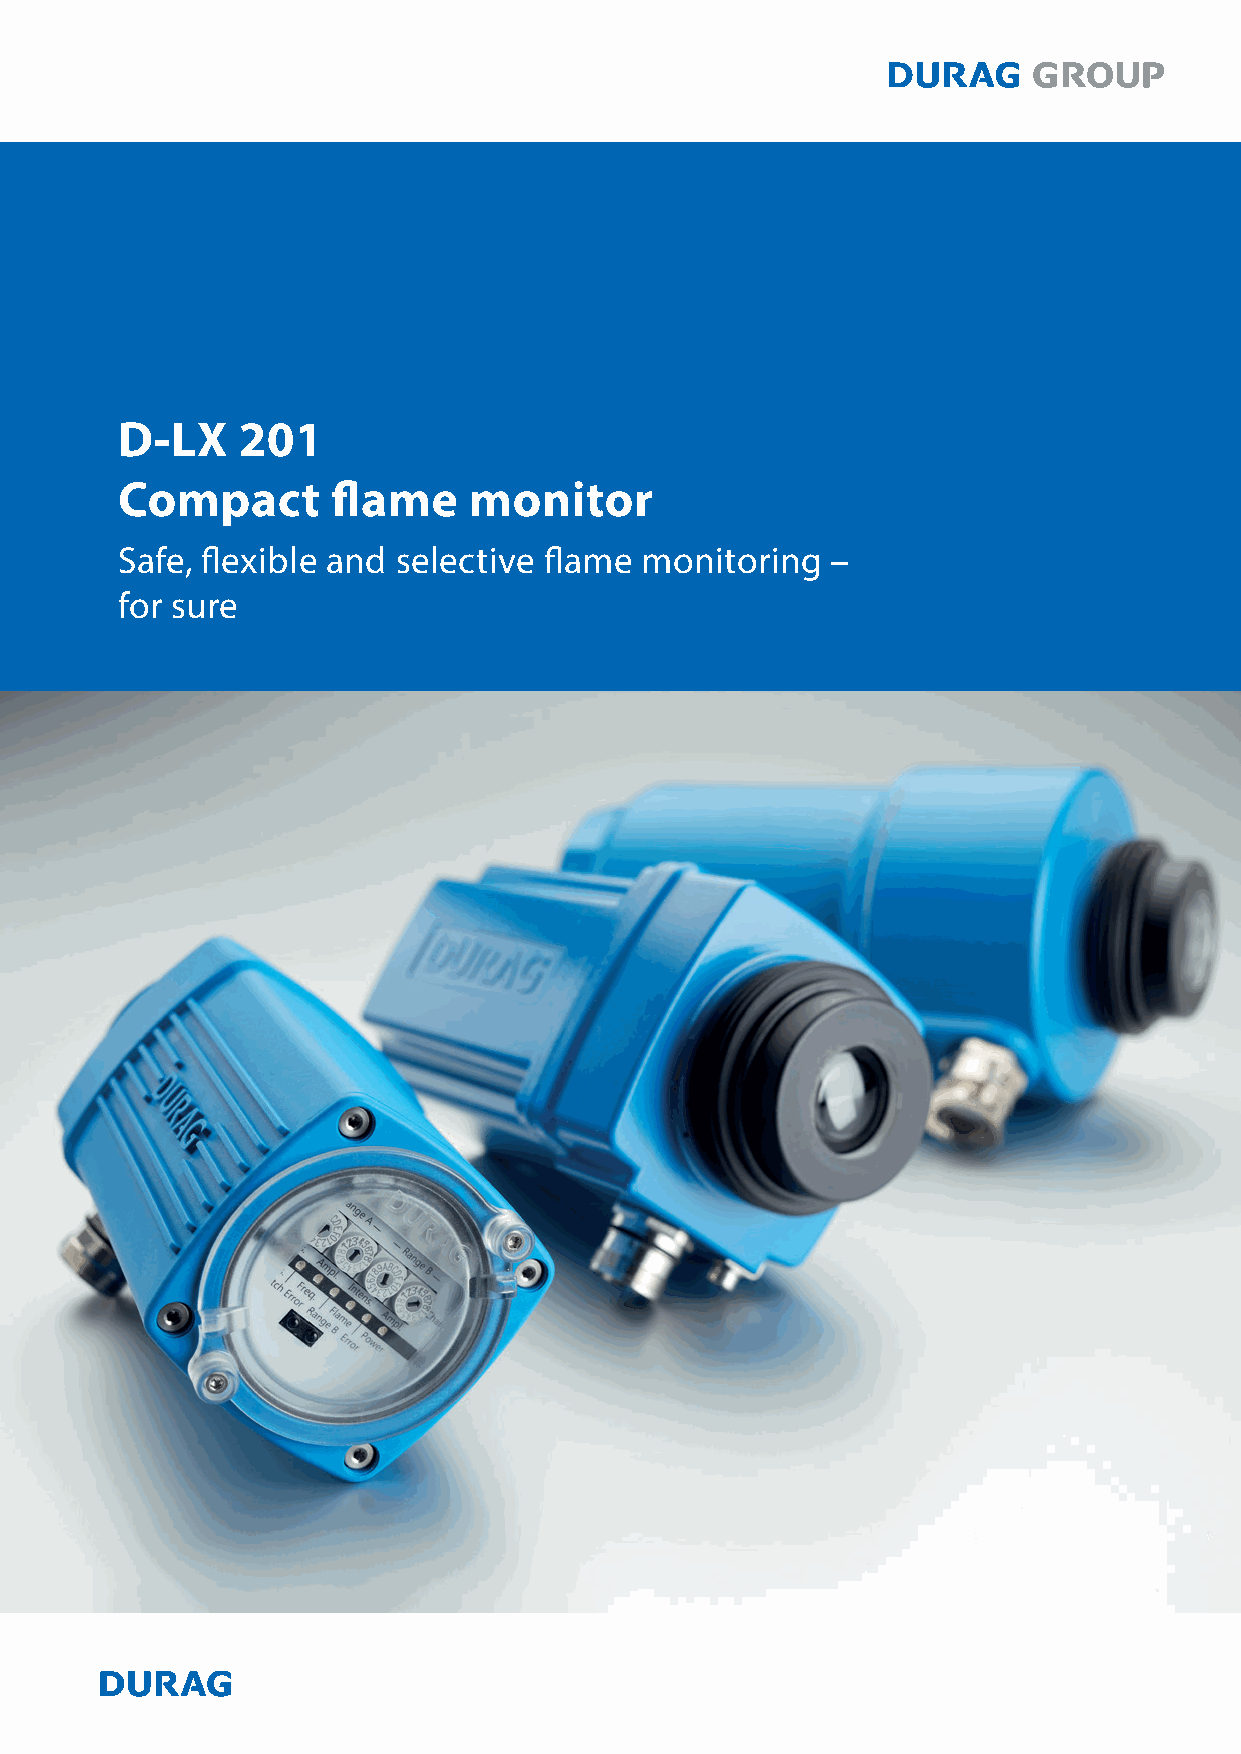
D-LX    201
 Compact       flame    monitor
 Safe, flexible and selective flame monitoring  –
 for sure